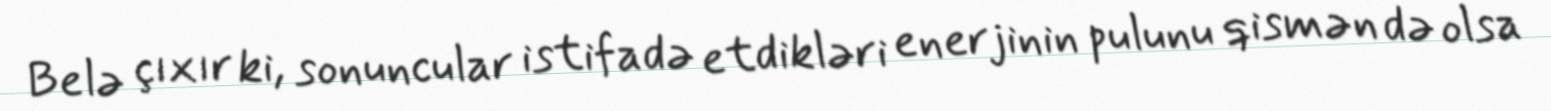
Belə çıxır ki, sonuncular istifadə etdikləri enerjinin pulunu qismən də olsa